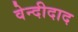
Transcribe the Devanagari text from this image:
वेन्दीदाद